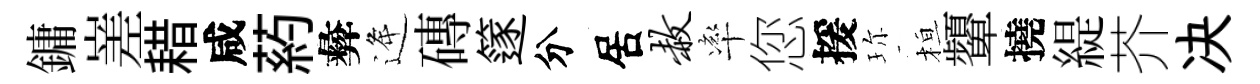
鏞嵳耤咸葯彜逄磚篴分居赦率您援珎桓顰撓緹芥决